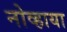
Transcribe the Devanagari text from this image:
नोव्हाया